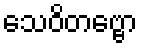
သေဝိတဗ္ဗော